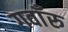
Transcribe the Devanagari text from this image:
गवाँरु